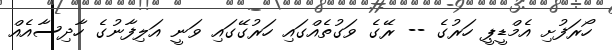
ހޯރަފުށި އެމްޑީޕީ ހަރުގެ -- ރޭގެ ވަގުތެއްގައި ހަރުގޭގައި ވަނީ އަލިފާނުގެ ހާދިސާއެއް